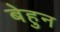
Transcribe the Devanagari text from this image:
बेहुन